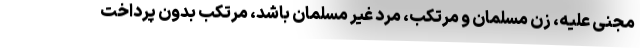
مجنی علیه، زن مسلمان و مرتکب، مرد غیر مسلمان باشد، مرتکب بدون پرداخت